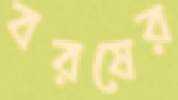
বরষের